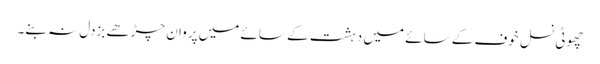
چھوٹی نسل خوف کے سائے میں دہشت کے سائے میں پروان چڑھے بزدل نہ بنے۔